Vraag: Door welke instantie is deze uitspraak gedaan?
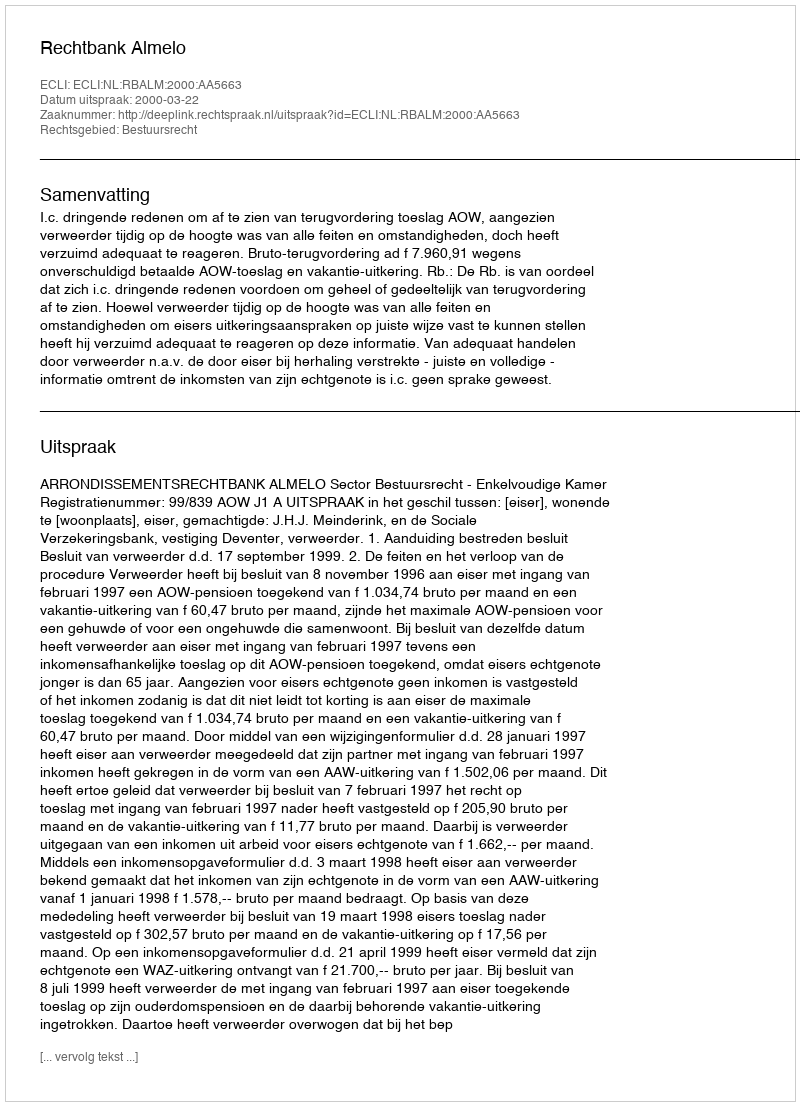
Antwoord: Rechtbank Almelo